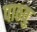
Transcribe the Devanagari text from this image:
पाठवु